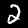
Digit: 2